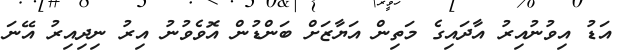
އަޑު އިވުނުއިރު އާދައިގެ މަތިން އަޔާޒަށް ބަންޑުން އޮވެވުނު އިރު ނިދިއިރު އޭނަ